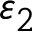
\varepsilon _ { 2 }